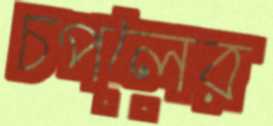
চপলের